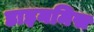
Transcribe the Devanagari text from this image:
डाइनमिस